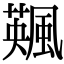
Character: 𩘕